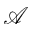
\mathcal { A }